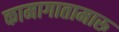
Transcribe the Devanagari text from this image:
कामागातामारू